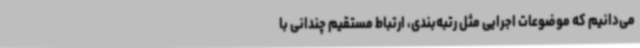
می‌دانیم که موضوعات اجرایی مثل رتبه‌بندی، ارتباط مستقیم چندانی با